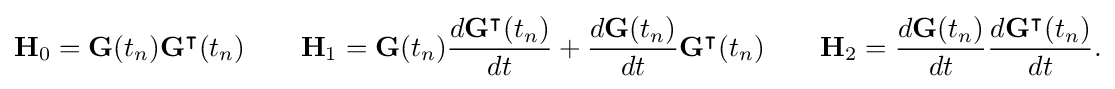
\mathbf {H} _{0}=\mathbf {G} (t_{n})\mathbf {G} ^{\intercal }(t_{n})\qquad \mathbf {H} _{1}=\mathbf {G} (t_{n}){\frac {d\mathbf {G} ^{\intercal }(t_{n})}{dt}}+{\frac {d\mathbf {G} (t_{n})}{dt}}\mathbf {G} ^{\intercal }(t_{n})\qquad \mathbf {H} _{2}={\frac {d\mathbf {G} (t_{n})}{dt}}{\frac {d\mathbf {G} ^{\intercal }(t_{n})}{dt}}{\text{.}}